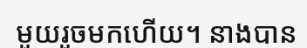
មួយរួចមកហើយ។ នាងបាន